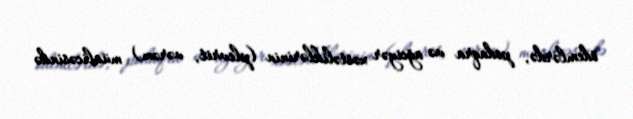
ödemlərdə, podaqra və ağciyər xəstəliklərinin (plevrit, vərəm) müalicəsində